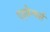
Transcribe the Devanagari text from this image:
एड्वेन्चर्स